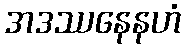
အဒဿနေနဟံ